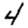
Digit: 4